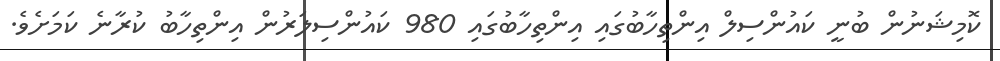
ކޮމިޝަނުން ބުނީ ކައުންސިލް އިންތިހާބުގައި އިންތިހާބުގައި 980 ކައުންސިލަރުން އިންތިހާބު ކުރާނެ ކަމަށެވެ.